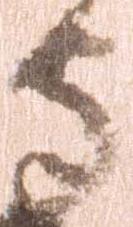
守